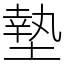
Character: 墊